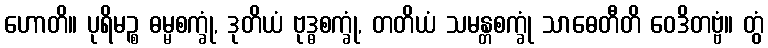
ဟောတိ။ ပုရိမဉ္စ ဓမ္မစက္ခုံ, ဒုတိယံ ဗုဒ္ဓစက္ခုံ, တတိယံ သမန္တစက္ခုံ သာဓေတီတိ ဝေဒိတဗ္ဗံ။ တွံ